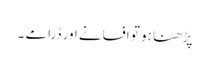
پڑھنا ہو تو افسانے اور ڈرامے ۔